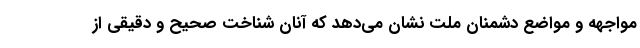
مواجهه و مواضع دشمنان ملت نشان می‌دهد که آنان شناخت صحیح و دقیقی از